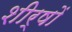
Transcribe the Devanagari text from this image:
शीर्षोॱ